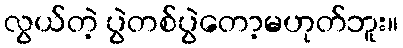
လွယ်တဲ့ ပွဲတစ်ပွဲတော့မဟုတ်ဘူး။